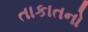
તાકાતનો